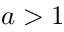
a > 1